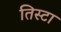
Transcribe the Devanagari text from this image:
तिस्टा